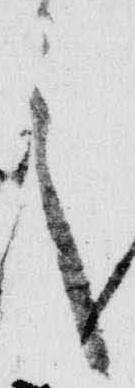
々